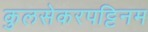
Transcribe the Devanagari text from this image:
कुलसेकरपट्टिनम